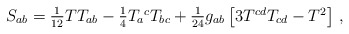
\begin{align*}S_{ab} = \textstyle{1\over12}T T_{ab}-\textstyle{1\over4}T_a{}^c T_{bc}+\textstyle{1\over24}g_{ab}\left[3T^{cd}T_{cd}-T^2\right] \,, \end{align*}